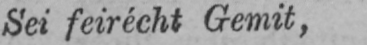
Sei feirécht Gemit,